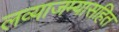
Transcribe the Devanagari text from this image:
लव्याजम्यासहित